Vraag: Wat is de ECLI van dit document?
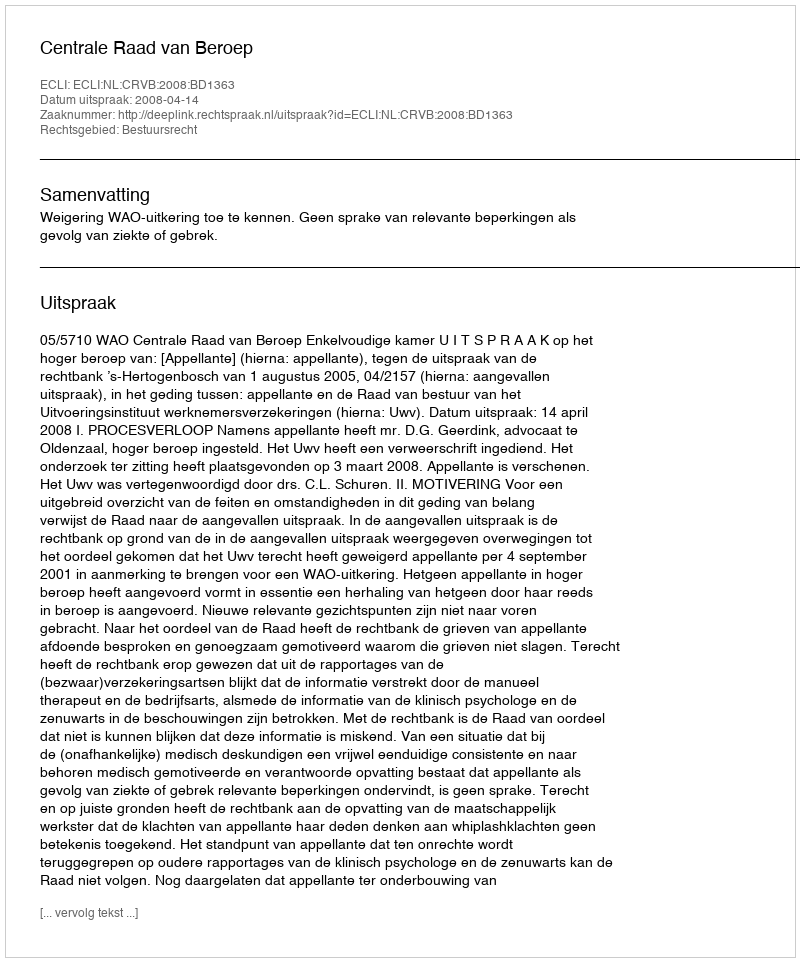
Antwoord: ECLI:NL:CRVB:2008:BD1363